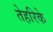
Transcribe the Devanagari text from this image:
तेहरिके